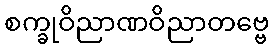
စက္ခုဝိညာဏဝိညာတဗ္ဗေ